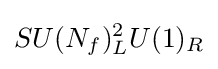
SU(N_{f})_{L}^{2}U(1)_{R}